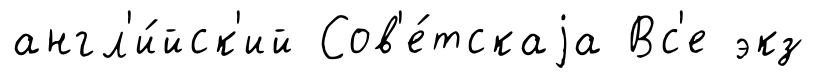
англ'и́йск'ий Сов'е́тскаjа Вс'е экз